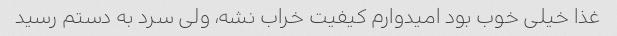
غذا خیلی خوب بود امیدوارم کیفیت خراب نشه، ولی سرد به دستم رسید